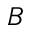
B